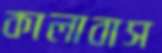
কালাবাস